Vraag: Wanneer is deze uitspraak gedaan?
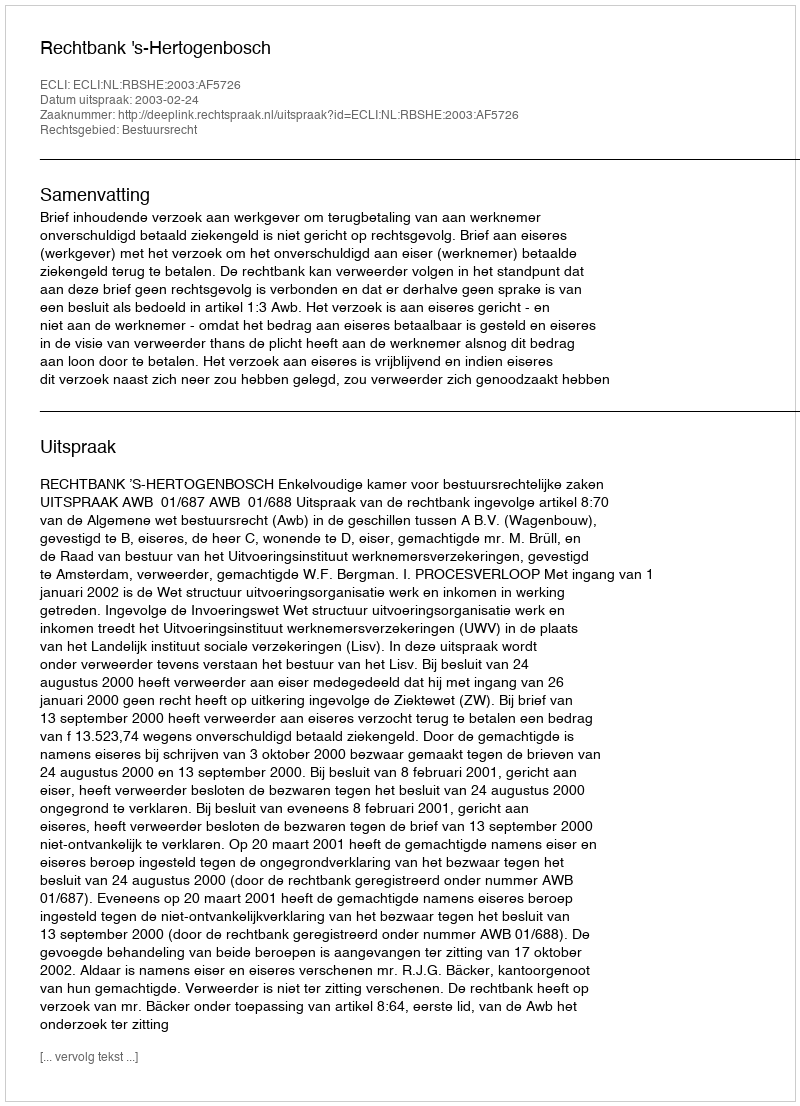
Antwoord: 2003-02-24